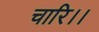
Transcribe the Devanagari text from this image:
चारि।।